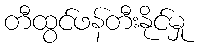
တီထွင်ဖန်တီးနိုင်မှု